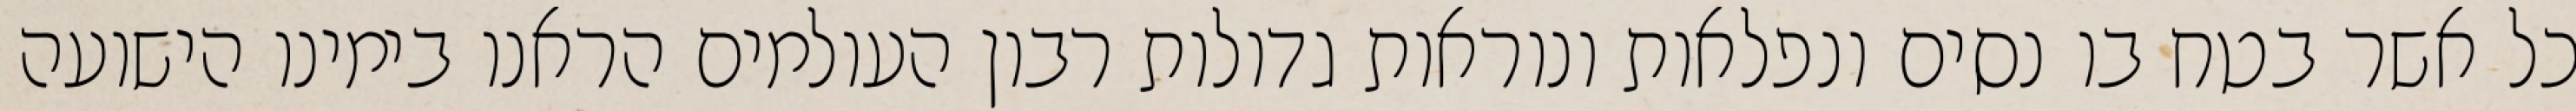
כל אשר בטח בו נסים ונפלאות ונוראות גדולות רבון העולמים הראנו בימינו הישועה